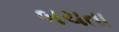
બચતા